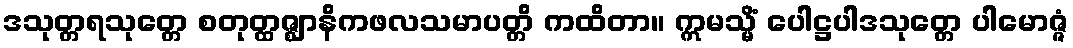
ဒသုတ္တရသုတ္တေ စတုတ္ထဇ္ဈာနိကဖလသမာပတ္တိ ကထိတာ။ ဣမသ္မိံ ပေါဋ္ဌပါဒသုတ္တေ ပါမောဇ္ဇံ